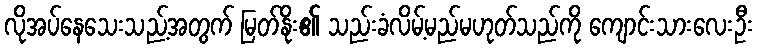
လိုအပ်နေသေးသည့်အတွက် မြတ်နိုး၏ သည်းခံလိမ့်မည်မဟုတ်သည်ကို ကျောင်းသားလေးဦး